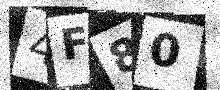
Text: 4F80